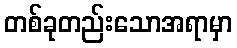
တစ်ခုတည်းသောအရာမှာ